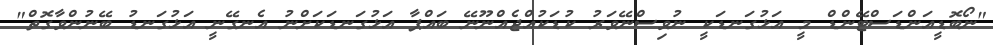
"ނޯބޮޑީއަންޑަސްޓޭންޑް މީ އަޅުގަނޑަކީ ނުވިސްނޭވަރު ކުޑަކުއްޖެއްނޫނޭ ބައްޕާ އަޅުގަނޑަކަށްނު އެނގޭނީ އަޅުގަނޑު ބޭނުންވާގޮތް"